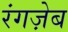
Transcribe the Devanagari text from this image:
रंगज़ेब